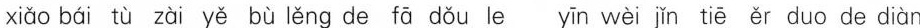
xiǎo bái tù zài yě bù lěng de fā dǒu le yīn wèi jǐn tiē ěr duo de diàn